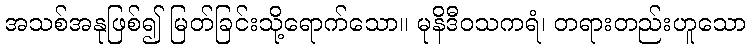
အသစ်အနုဖြစ်၍ မြတ်ခြင်းသို့ရောက်သော။ မုနိဒီဝသကရံ၊ တရားတည်းဟူသော